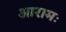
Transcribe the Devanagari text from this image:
आरामः